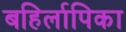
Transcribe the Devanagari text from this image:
बहिर्लापिका